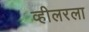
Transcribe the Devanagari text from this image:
व्हीलरला